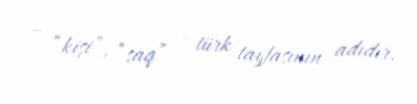
– “kişi”, “saq” - türk tayfasının adıdır.